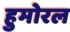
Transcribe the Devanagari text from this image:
हुमोरल